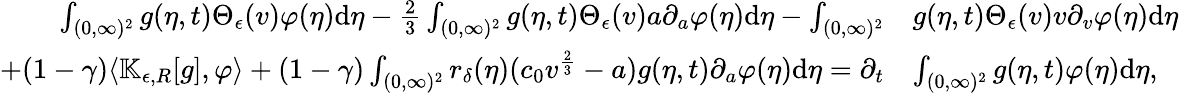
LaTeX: \begin{array}{rl}{\int_{(0,\infty)^{2}}g(\eta,t)\Theta_{\epsilon}(v)\varphi(\eta)\textup{d}\eta-\frac{2}{3}\int_{(0,\infty)^{2}}g(\eta,t)\Theta_{\epsilon}(v)a\partial_{a}\varphi(\eta)\textup{d}\eta-\int_{(0,\infty)^{2}}}&{g(\eta,t)\Theta_{\epsilon}(v)v\partial_{v}\varphi(\eta)\textup{d}\eta}\\ {+(1-\gamma)\langle\mathbb{K}_{\epsilon,R}[g],\varphi\rangle+(1-\gamma)\int_{(0,\infty)^{2}}r_{\delta}(\eta)(c_{0}v^{\frac{2}{3}}-a)g(\eta,t)\partial_{a}\varphi(\eta)\textup{d}\eta=\partial_{t}}&{\int_{(0,\infty)^{2}}g(\eta,t)\varphi(\eta)\textup{d}\eta,}\end{array}